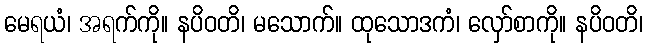
မေရယံ၊ အရက်ကို။ နပိဝတိ၊ မသောက်။ ထုသောဒကံ၊ လှော်စာကို။ နပိဝတိ၊